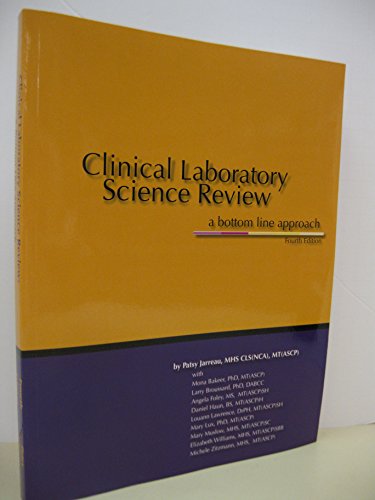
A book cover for Clinical Laboratory Science Review: A Bottom Line Approach; Patsy Jarreau; Medical Books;